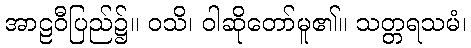
အာဠဝီပြည်၌။ ဝသိ၊ ဝါဆိုတော်မူ၏။ သတ္တရသမံ၊